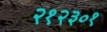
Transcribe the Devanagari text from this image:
२१२३०१